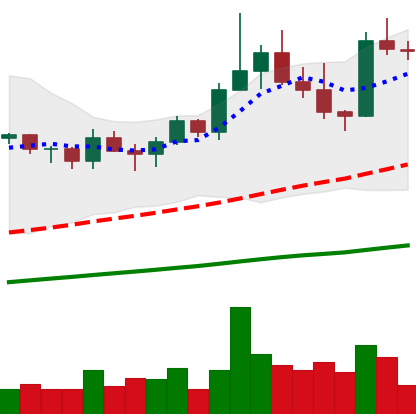
Ticker: TRX-USD
Chart end date: 2021-03-28
Forward return: 45.607%
Label: up_7plus